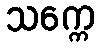
သက္ကေ